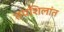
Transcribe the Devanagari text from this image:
तपशिलांत